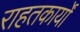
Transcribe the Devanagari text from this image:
राहतकार्यों